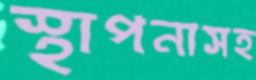
স্থাপনাসহ